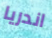
اندريا